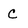
Character: C